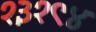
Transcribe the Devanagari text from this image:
१३१९४